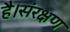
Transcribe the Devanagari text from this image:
है।संरक्षण